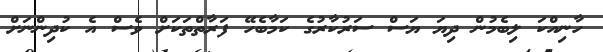
ހާނިއްކަ ލިބެމުން ދިޔަ ޔަސް ސަރުކާރުގެ ކަމާބެހޭ ފަރާތްތަކަށް ވެސް އެ ކުދިންނަށް